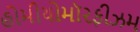
હોમીયોમૉરફીઝમ